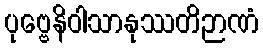
ပုဗ္ဗေနိဝါသာနုဿတိဉာဏံ